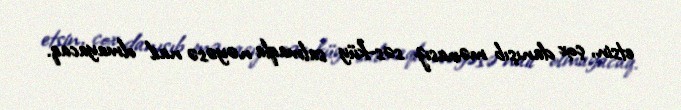
etsin, çox danışıb mənasız səs-küy salmaqla nəyəsə nail olmayacaq.